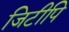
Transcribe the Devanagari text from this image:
जिटीपि